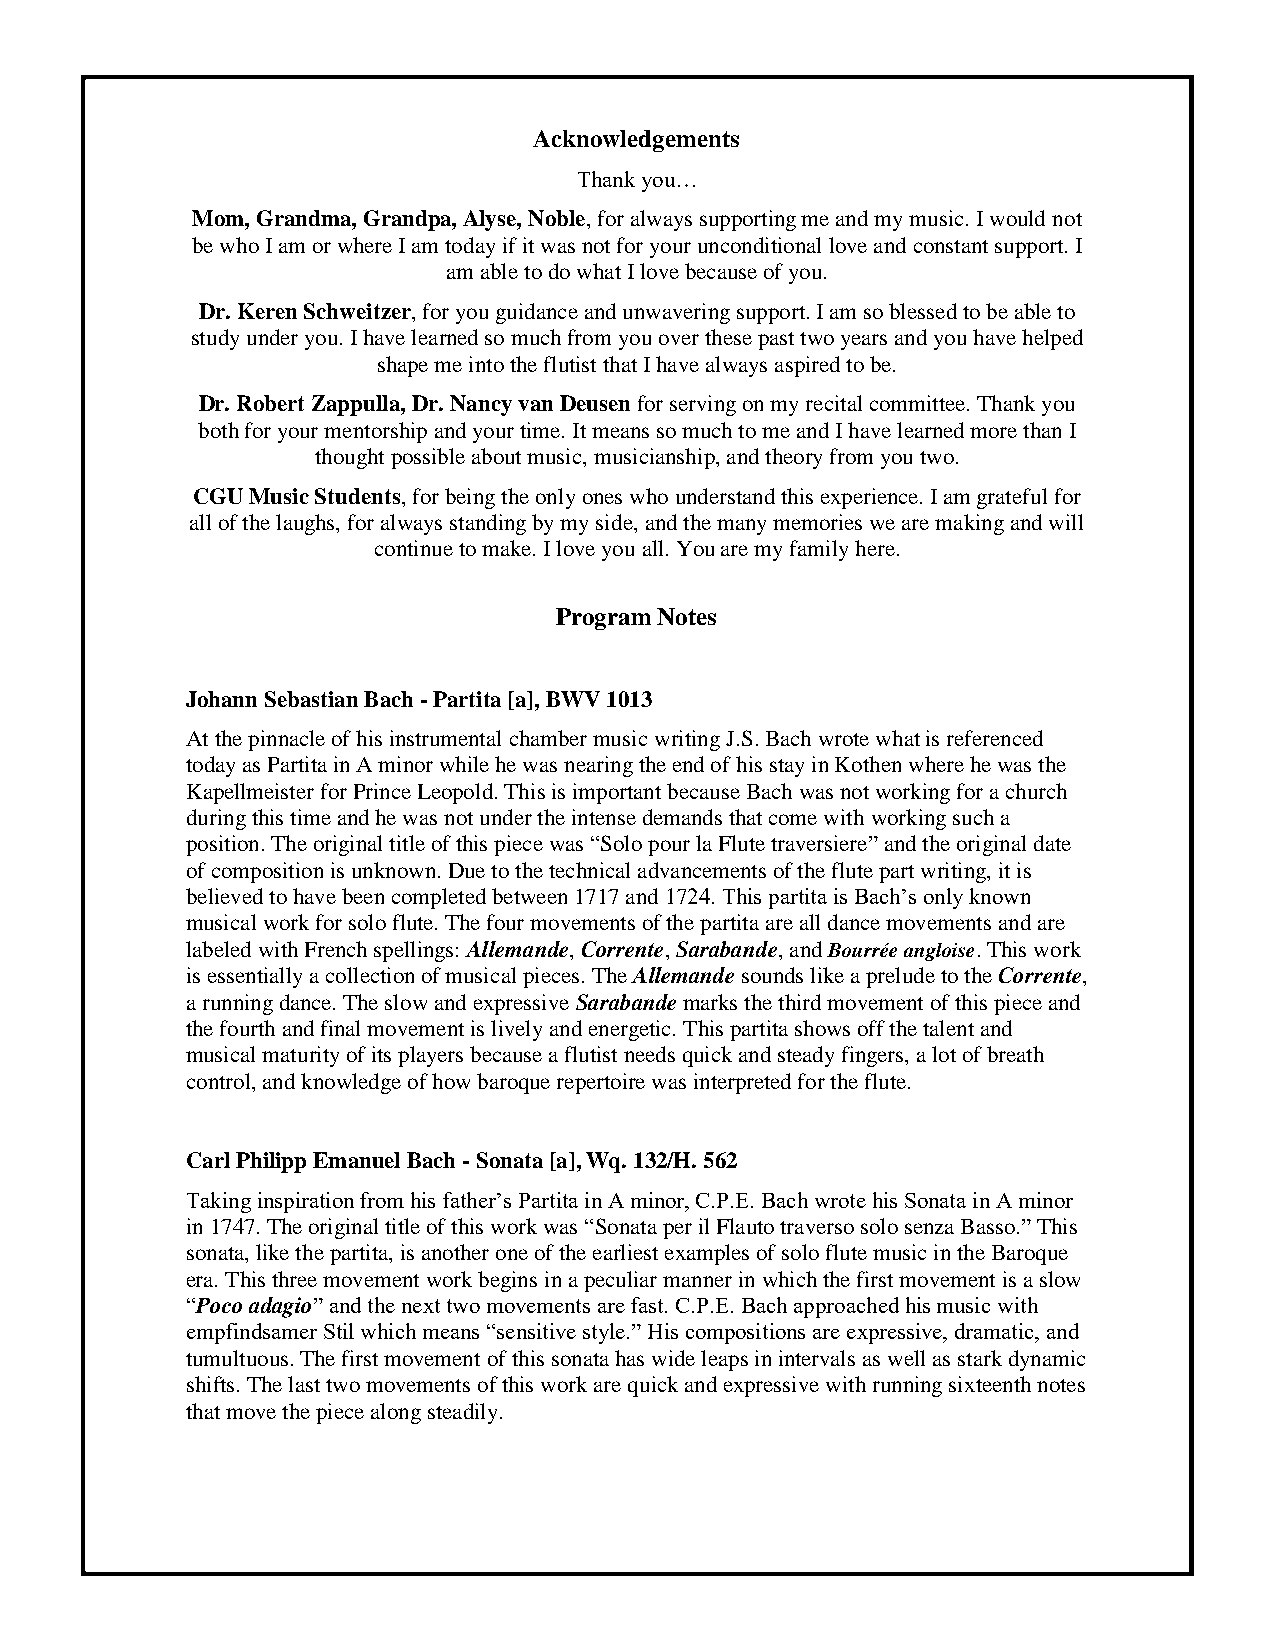
Acknowledgements
 Thank you…
 Mom, Grandma, Grandpa, Alyse, Noble, for always supporting me and my music. I would not
 be who I am or where I am today if it was not for your unconditional love and constant support. I
 am able to do what I love because of you.
 Dr. Keren Schweitzer, for you guidance and unwavering support. I am so blessed to be able to
 study under you. I have learned so much from you over these past two years and you have helped
 shape me into the flutist that I have always aspired to be.
 Dr. Robert Zappulla, Dr. Nancy van Deusen for serving on my recital committee. Thank you
 both for your mentorship and your time. It means so much to me and I have learned more than I
 thought possible about music, musicianship, and theory from you two.
 CGU Music Students, for being the only ones who understand this experience. I am grateful for
 all of the laughs, for always standing by my side, and the many memories we are making and will
 continue to make. I love you all. You are my family here.
 Program Notes
 Johann Sebastian Bach - Partita [a], BWV 1013
 At the pinnacle of his instrumental chamber music writing J.S. Bach wrote what is referenced
 today as Partita in A minor while he was nearing the end of his stay in Kothen where he was the
 Kapellmeister for Prince Leopold. This is important because Bach was not working for a church
 during this time and he was not under the intense demands that come with working such a
 position. The original title of this piece was “Solo pour la Flute traversiere” and the original date
 of composition is unknown. Due to the technical advancements of the flute part writing, it is
 believed to have been completed between 1717 and 1724. This partita is Bach’s only known
 musical work for solo flute. The four movements of the partita are all dance movements and are
 labeled with French spellings: Allemande, Corrente, Sarabande, and Bourrée angloise. This work
 is essentially a collection of musical pieces. The Allemande sounds like a prelude to the Corrente,
 a running dance. The slow and expressive Sarabande marks the third movement of this piece and
 the fourth and final movement is lively and energetic. This partita shows off the talent and
 musical maturity of its players because a flutist needs quick and steady fingers, a lot of breath
 control, and knowledge of how baroque repertoire was interpreted for the flute.
 Carl Philipp Emanuel Bach - Sonata [a], Wq. 132/H. 562
 Taking inspiration from his father’s Partita in A minor, C.P.E. Bach wrote his Sonata in A minor
 in 1747. The original title of this work was “Sonata per il Flauto traverso solo senza Basso.” This
 sonata, like the partita, is another one of the earliest examples of solo flute music in the Baroque
 era. This three movement work begins in a peculiar manner in which the first movement is a slow
 “Poco adagio” and the next two movements are fast. C.P.E. Bach approached his music with
 empfindsamer Stil which means “sensitive style.” His compositions are expressive, dramatic, and
 tumultuous. The first movement of this sonata has wide leaps in intervals as well as stark dynamic
 shifts. The last two movements of this work are quick and expressive with running sixteenth notes
 that move the piece along steadily.